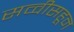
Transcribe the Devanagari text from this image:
सव्वीसहून